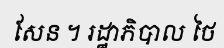
សែន ។ រដ្ឋាភិបាល ថៃ